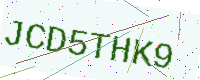
Text: JCD5THK9